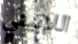
اللاتيني